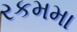
રકમમા